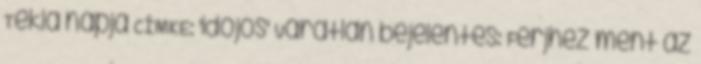
Tekla napja CÍMKE: 'időjós' Váratlan bejelentés: Férjhez ment az